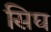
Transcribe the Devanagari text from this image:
सिघ